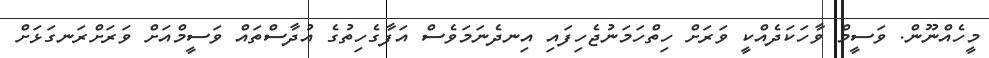
މީހެއްނޫން. ވަސީމް ވާހަކަދެއްކީ ވަރަށް ހިތްހަމަނުޖެހިފައި އިނދެނަމަވެސް އަފާގެހިތުގެ އުދާސްތައް ވަސީމްއަށް ވަރަށްރަނގަޅަށް